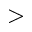
>